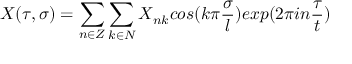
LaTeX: X ( \tau , \sigma ) = \sum _ { n \in Z } \sum _ { k \in N } X _ { n k } c o s ( k \pi \frac { \sigma } { l } ) e x p ( 2 \pi i n \frac { \tau } { t } )